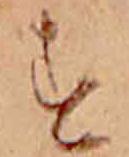
す